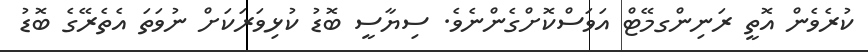
ކުރެވެން އޮތީ ރަނިންގމޭޓް އަވަސްކޮށްގެންނެވެ. ސިޔާސީ ބޮޑު ކުޅިވަރަކަށް ނުވަތަ އެތެރޭގެ ބޮޑު